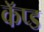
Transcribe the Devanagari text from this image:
कॅप्ड